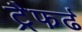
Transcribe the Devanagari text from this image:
ट्रैफर्ढ